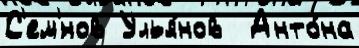
С'ем'́нов Улья́нов  Анто́на